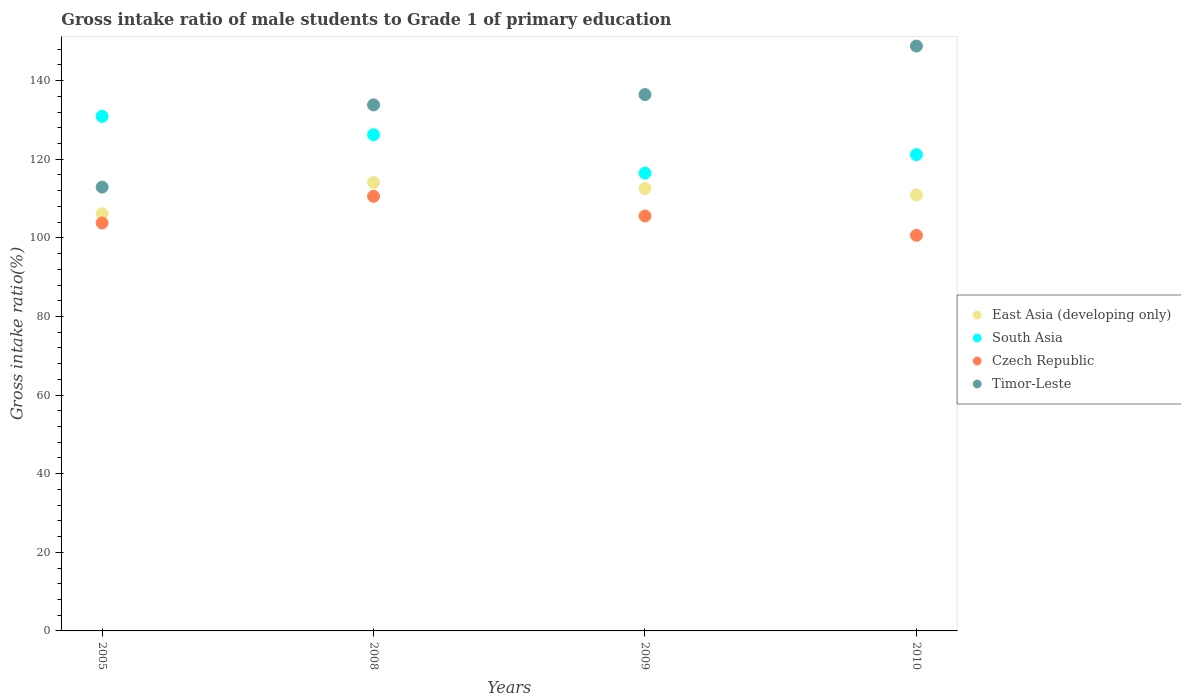
| Years | East Asia (developing only) | South Asia | Czech Republic | Timor-Leste |
 | --- | --- | --- | --- | --- |
 | 2005 | 106 | 131 | 104 | 113 |
 | 2008 | 114 | 126 | 111 | 134 |
 | 2009 | 113 | 116 | 106 | 136 |
 | 2010 | 111 | 121 | 101 | 149 |